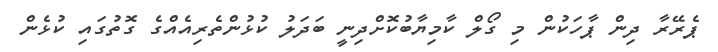
ޕެރޭރާ ދިން ޕާހަކުން މި ގޯލް ކާމިޔާބުކޮށްދިނީ ބަދަލު ކުޅުންތެރިއެއްގެ ގޮތުގައި ކުޅެން